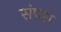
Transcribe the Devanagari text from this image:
संपरा